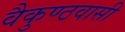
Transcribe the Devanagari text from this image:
वैकुण्ठवासी